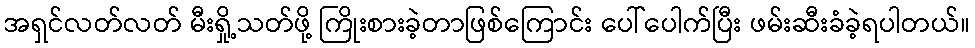
အရှင်လတ်လတ် မီးရှို့သတ်ဖို့ ကြိုးစားခဲ့တာဖြစ်ကြောင်း ပေါ်ပေါက်ပြီး ဖမ်းဆီးခံခဲ့ရပါတယ်။